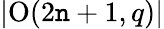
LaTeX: \left|\operatorname{O}(2\mathtt{n}+1,q)\right|